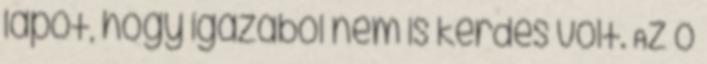
lapot, hogy igazából nem is kérdés volt. Az ő